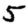
Digit: 5